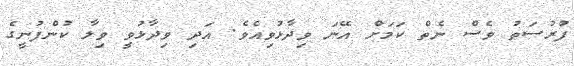
ފުރުސަތު ވެސް ނެތް ކަމަށް އޭނަ ވިދާޅުވިއެވެ. އަދި ވިދާޅުވީ ވިލާ ކުންފުނީގެ